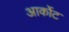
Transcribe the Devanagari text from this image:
आर्कोट